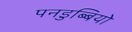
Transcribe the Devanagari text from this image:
पनडुब्बियो